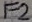
Text: F2